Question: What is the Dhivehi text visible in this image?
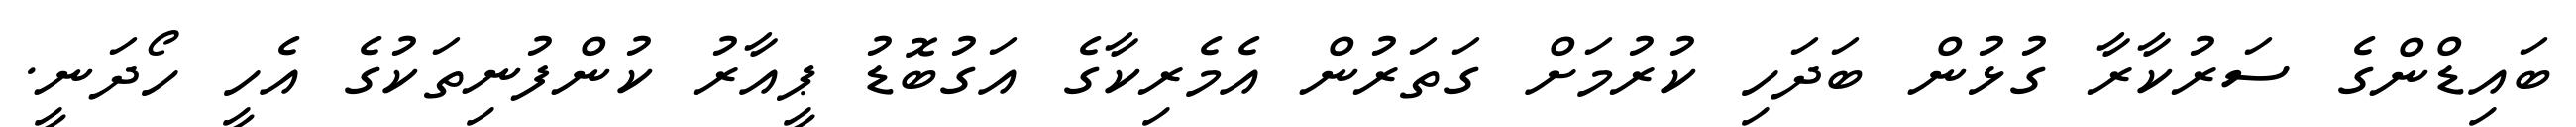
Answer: ބައިޑްންގެ ސަރުކާރާ ގުޅުން ބަދަހި ކުރުމަށް ގަތަރުން އެމެރިކާގެ އަގުބޮޑު ޕީއާރު ކުންފުނިތަކުގެ އެހީ ހޯދަނީ.